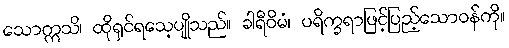
သောဣသိ၊ ထိုရှင်ရသေ့ပျိုသည်။ ခါရီဝိမံ၊ ပရိက္ခရာဖြင့်ပြည့်သောဝန်ကို။